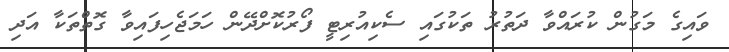
ވައިގެ މަގުން ކުރައްވާ ދަތުރު ތަކުގައި ސެކިއުރިޓީ ފޯރުކޮށްދޭން ހަމަޖެހިފައިވާ ގޮތްތަކާ އަދި